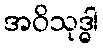
အဝိသုဒ္ဓါ